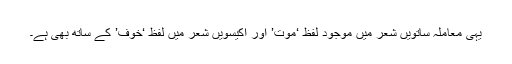
یہی معاملہ ساتویں شعر میں موجود لفظ ‘موت’ اور اکیسویں شعر میں لفظ ‘خوف’ کے ساتھ بھی ہے۔